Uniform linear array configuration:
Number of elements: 48
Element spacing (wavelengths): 1
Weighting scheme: hann
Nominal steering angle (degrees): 30
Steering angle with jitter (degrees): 30.475
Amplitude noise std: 0.05
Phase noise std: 0.05

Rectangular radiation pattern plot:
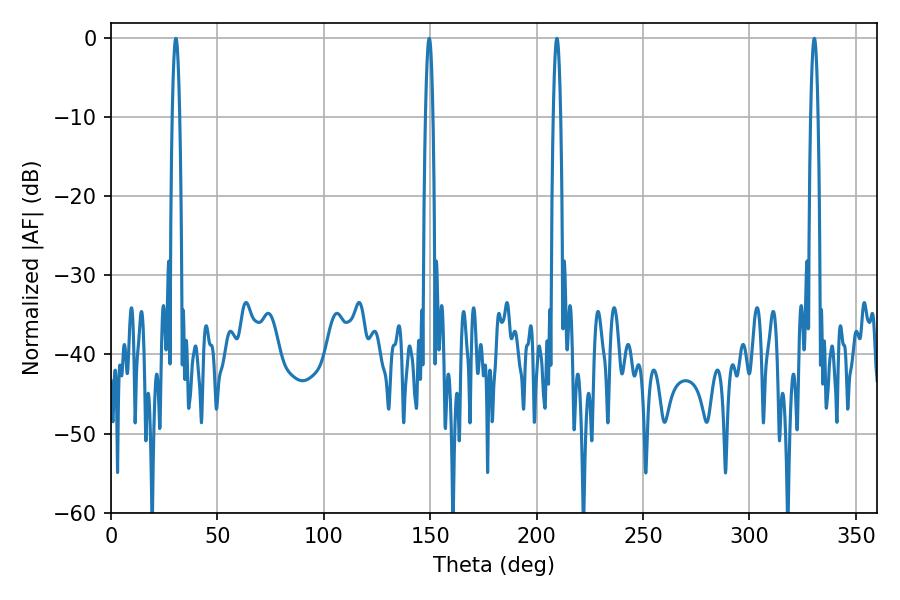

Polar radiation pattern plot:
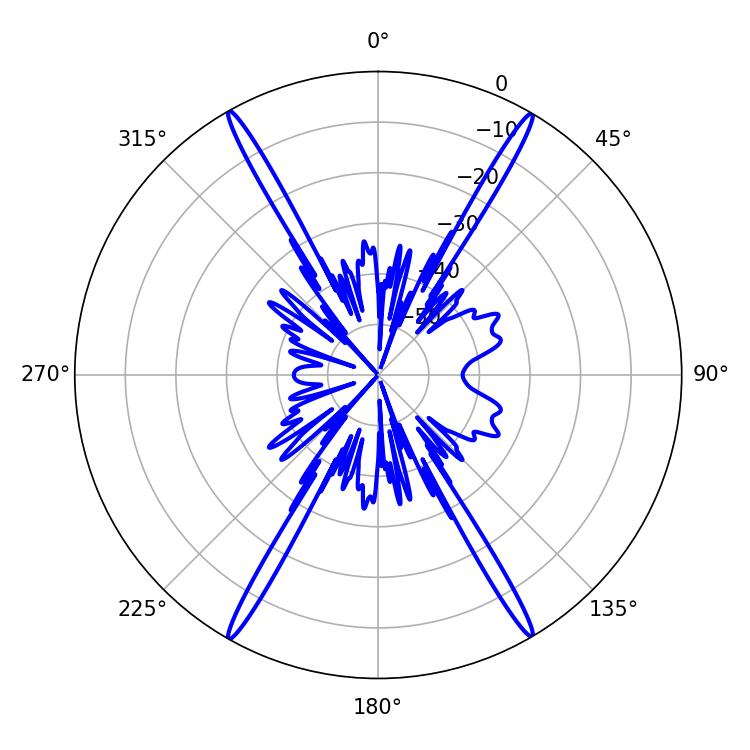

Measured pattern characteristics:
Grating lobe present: TRUE
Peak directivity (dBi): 31.017
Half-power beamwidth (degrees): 1.8
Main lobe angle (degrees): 209.52